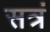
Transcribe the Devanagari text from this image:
सत्रं